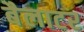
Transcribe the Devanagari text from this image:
बैलाटर